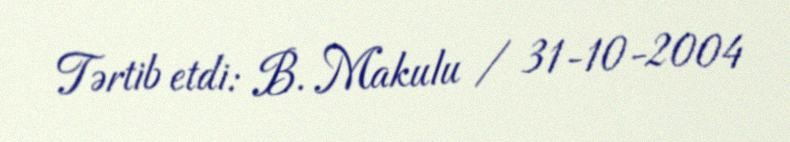
Tərtib etdi: B. Makulu / 31-10-2004